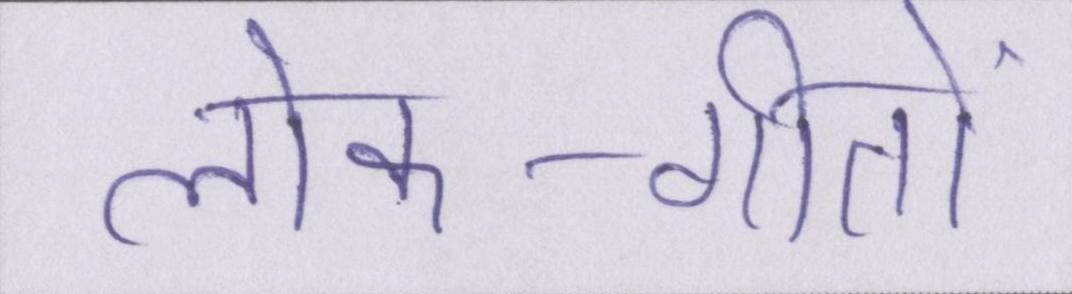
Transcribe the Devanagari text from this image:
लोक-गीतों